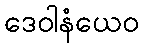
ဒေဝါနံယေဝ